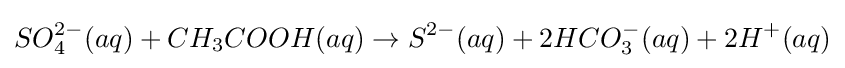
SO_{4}^{2-}(aq)+CH_{3}COOH(aq)\rightarrow S^{2-}(aq)+2HCO_{3}^{-}(aq)+2H^{+}(aq)